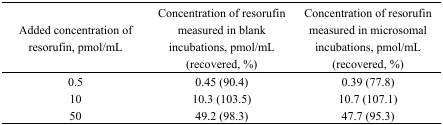
<table><thead><tr><td><b>Added concentration of resorufin, pmol/mL</b></td><td><b>Concentration of resorufin measured in blank incubations, pmol/mL (recovered, %)</b></td><td><b>Concentration of resorufin measured in microsomal incubations, pmol/mL (recovered, %)</b></td></tr></thead><tbody><tr><td>0.5</td><td>0.45 (90.4)</td><td>0.39 (77.8)</td></tr><tr><td>10</td><td>10.3 (103.5)</td><td>10.7 (107.1)</td></tr><tr><td>50</td><td>49.2 (98.3)</td><td>47.7 (95.3)</td></tr></tbody></table>